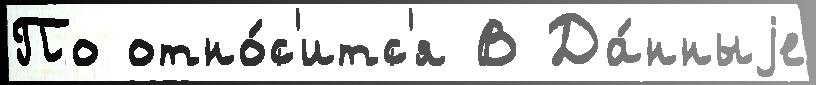
По отно́с'итс'я В Да́нныjе